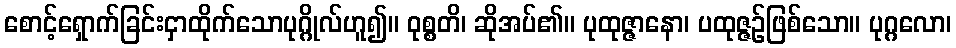
စောင့်ရှောက်ခြင်းငှာထိုက်သောပုဂ္ဂိုလ်ဟူ၍။ ဝုစ္စတိ၊ ဆိုအပ်၏။ ပုထုဇ္ဇာနော၊ ပထုဇ္ဇဉ်ဖြစ်သော။ ပုဂ္ဂလော၊